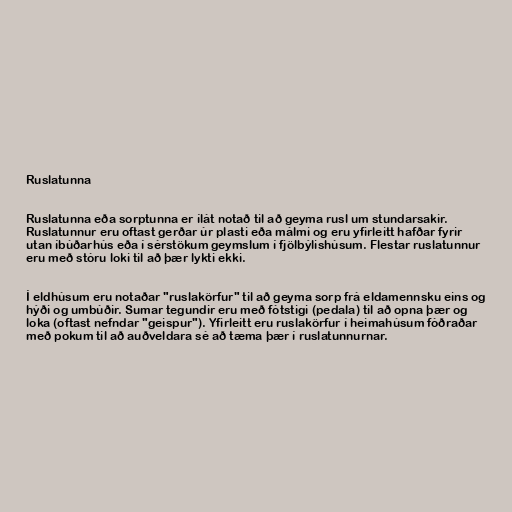
Ruslatunna

Ruslatunna eða sorptunna er ílát notað til að geyma rusl um stundarsakir.
Ruslatunnur eru oftast gerðar úr plasti eða málmi og eru yfirleitt hafðar fyrir
utan íbúðarhús eða í sérstökum geymslum í fjölbýlishúsum. Flestar ruslatunnur
eru með stóru loki til að þær lykti ekki.

Í eldhúsum eru notaðar "ruslakörfur" til að geyma sorp frá eldamennsku eins og
hýði og umbúðir. Sumar tegundir eru með fótstigi (pedala) til að opna þær og
loka (oftast nefndar "geispur"). Yfirleitt eru ruslakörfur í heimahúsum fóðraðar
með pokum til að auðveldara sé að tæma þær í ruslatunnurnar.